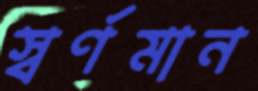
স্বর্ণমান